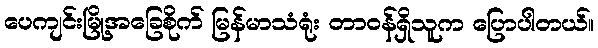
ပေကျင်းမြို့အခြေစိုက် မြန်မာသံရုံး တာဝန်ရှိသူက ပြောပါတယ်။